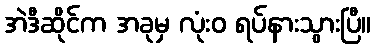
အဲဒီဆိုင်က အခုမှ လုံးဝ ရပ်နားသွားပြီ။